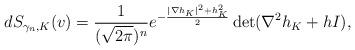
LaTeX: \begin{align*}dS_{\gamma_n, K}(v) = \frac{1}{(\sqrt{2\pi})^n} e^{-\frac{|\nabla h_K|^2+h_K^2}{2}}\det(\nabla^2 h_K + hI),\end{align*}